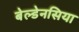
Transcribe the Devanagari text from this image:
बेल्डेनसिया